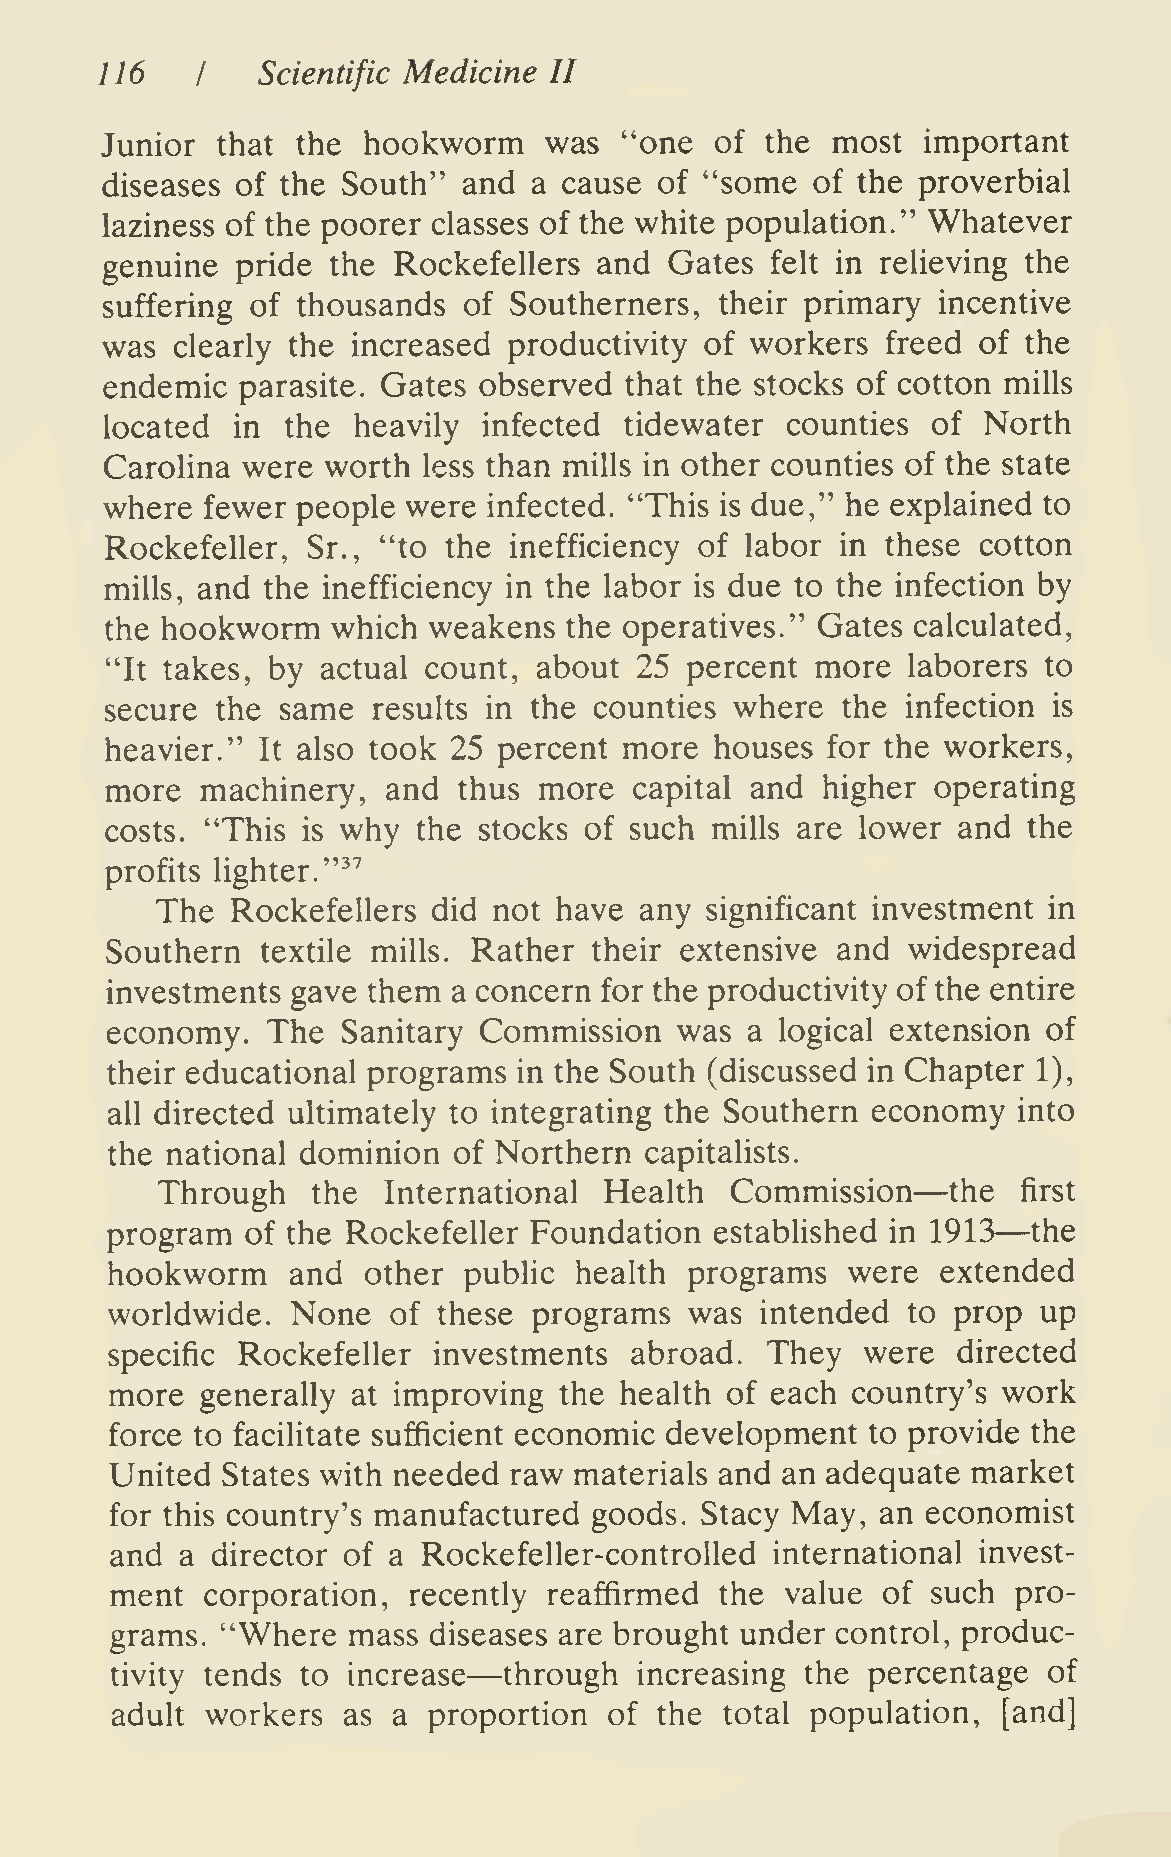
116   I   Scientific Medicine II
 Junior that  the hookworm    was  "one  of  the most  important
 diseases of the South"  and a cause  of "some  of the proverbial
 laziness of the poorer classes of the white population." Whatever
 genuine  pride the Rockefellers  and Gates  felt in relieving the
 suffering of thousands  of Southerners,  their primary incentive
 was  clearly the increased productivity of workers  freed of the
 endemic  parasite. Gates observed that the stocks of cotton mills
 located in  the heavily  infected tidewater  counties  of North
 Carolina were worth  less than mills in other counties of the state
 where fewer  people were infected. "This is due," he explained to
 Rockefeller, Sr., "to the  inefficiency of labor in these cotton
 mills, and the inefficiency in the labor is due to the infection by
 the hookworm   which weakens  the operatives." Gates calculated,
 "It takes, by actual count,  about 25 percent  more  laborers to
 secure the  same  results in the counties where  the infection is
 heavier." It also took 25 percent more  houses  for the workers,
 more  machinery,   and thus  more  capital and higher  operating
 costs. "This is why  the stocks of such mills are lower and  the
 profits lighter."^'
 The  Rockefellers  did not have any  significant investment in
 Southern  textile mills. Rather their extensive and  widespread
 investments gave them  a concern for the productivity of the entire
 economy.   The  Sanitary Commission   was  a logical extension of
 their educational programs in the South (discussed in Chapter 1),
 all directed ultimately to integrating the Southern economy into
 the national dominion  of Northern  capitalists.
 —
 Through    the International  Health  Commission     the  first
 —
 program  of the Rockefeller Foundation  established in 1913  the
 hookworm    and  other  public health  programs  were  extended
 worldwide.  None   of these programs   was intended  to prop  up
 specific Rockefeller  investments  abroad.  They  were  directed
 more  generally at improving  the health of each country's work
 force to facilitate sufficient economic development to provide the
 United  States with needed raw materials and an adequate market
 for this country's manufactured goods. Stacy May,  an economist
 and  a director of a Rockefeller-controlled international invest-
 ment   corporation, recently reaffirmed  the value of  such pro-
 grams.  "Where  mass diseases are brought under control, produc-
 —
 tivity tends to increase  through  increasing the percentage  of
 adult  workers  as a proportion  of  the total population, [and]